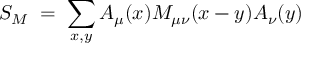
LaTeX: S _ { M } \; = \; \sum _ { x , y } A _ { \mu } ( x ) M _ { \mu \nu } ( x - y ) A _ { \nu } ( y )